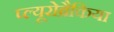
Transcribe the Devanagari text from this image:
प्ल्यूरोब्रैकिया